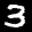
Label: 3